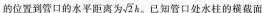
的位置到管口的水平距离为 \sqrt{2}h。已知管口处水柱的横截面